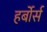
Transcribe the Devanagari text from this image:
हर्बोर्स